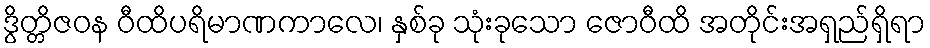
ဒွိတ္တိဇဝန ဝီထိပရိမာဏကာလေ၊ နှစ်ခု သုံးခုသော ဇောဝီထိ အတိုင်းအရှည်ရှိရာ